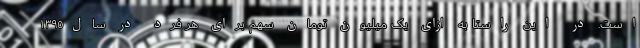
است. در این راستا به ازای یک میلیون تومان سهم برای هر فرد در سال١٣٩٥